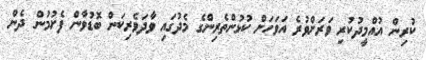
ކުރިން އުއްމީދުކުރި ވަރަށްވުރެ އަވަހަށް ކުޅުންތެރިންގެ މެދުގައި ވާދަވެރިކަން ބޮޑުވާން ފެށުމުން ދެން